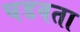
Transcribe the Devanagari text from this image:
घडवता